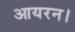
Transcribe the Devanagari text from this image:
आयरन।